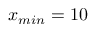
x _ { m i n } = 1 0